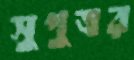
সুপুত্রর